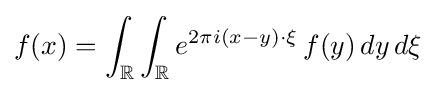
f(x)=\int _{\mathbb {R} }\int _{\mathbb {R} }e^{2\pi i(x-y)\cdot \xi }\,f(y)\,dy\,d\xi